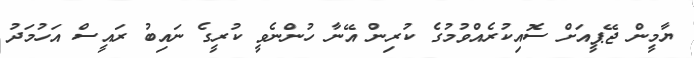
ޔާމީން ޖޭޕީއަށް ސޮއިކުރެއްވުމުގެ ކުރިން އޭނާ ހުންނެވީ ކުރީގެ ނައިބު ރައީސް އަހުމަދު